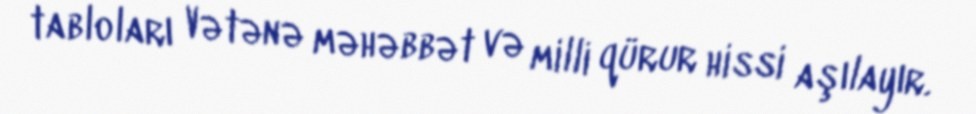
tabloları Vətənə məhəbbət və milli qürur hissi aşılayır.